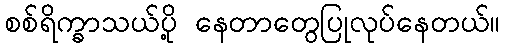
စစ်ရိက္ခာသယ်ပို့ နေတာတွေပြုလုပ်နေတယ်။